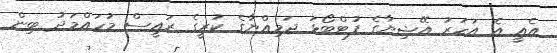
އެއީ އެ އަހަރު އޭޝިޔާގެ ފުޓްބޯޅަ ޖަމިއްޔާގެ ކުރީގެ ރައީސް މުހައްމަދު ބިން